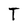
Character: T